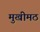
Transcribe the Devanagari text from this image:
मुखीमठ